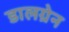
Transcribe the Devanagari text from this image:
डालग्रेन